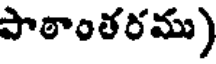
పాఠాంతరము)